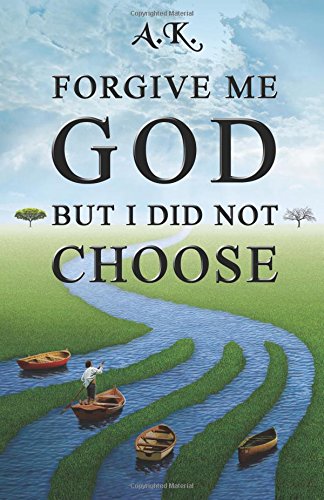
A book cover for Forgive Me God But I Did Not Choose; A K; Religion & Spirituality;